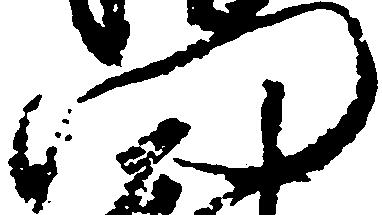
門